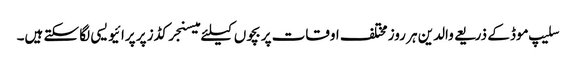
سلیپ موڈ کے ذریعے والدین ہر روز مختلف اوقات پر بچوں کیلئے میسنجر کڈز پر پرائیویسی لگا سکتے ہیں۔